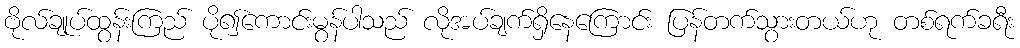
ဗိုလ်ချုပ်ထွန်းကြည် ပို၍ကောင်းမွန်ပါသည် လိုအပ်ချက်ရှိနေကြောင်း ပြန်တက်သွားတယ်ဟု တစ်ရက်ခရီး